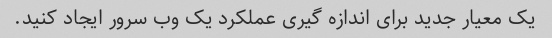
یک معیار جدید برای اندازه گیری عملکرد یک وب سرور ایجاد کنید.